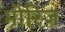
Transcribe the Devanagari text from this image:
मोरिज